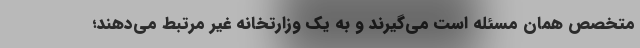
متخصص همان مسئله است می‌گیرند و به یک وزارتخانه غیر مرتبط می‌دهند؛